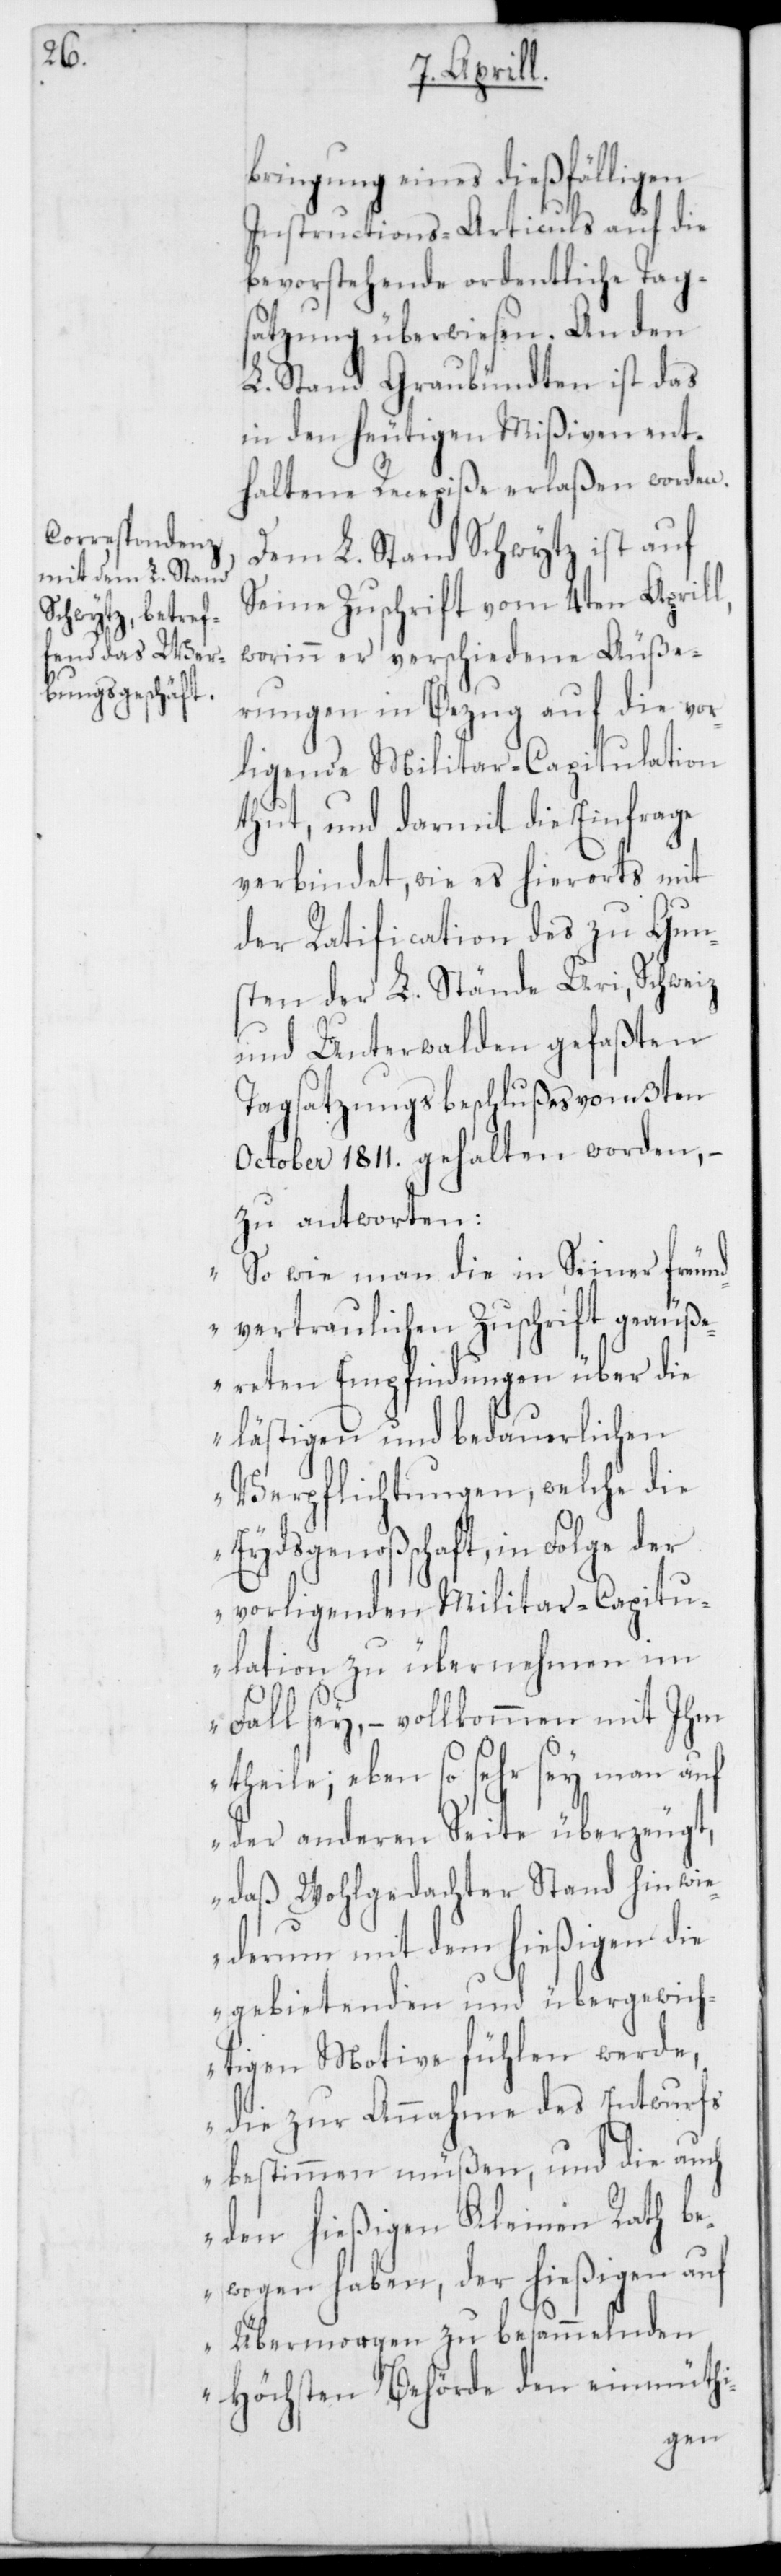
bringung eines dießfälligen
Instructions-Articuls auf die
bevorstehende ordentliche Tag¬
satzung überwiesen. An den
L. Stand Graubündten ist das
in den heutigen Mißiven ent¬
haltene Recepiße erlaßen worden.
Dem L. Stand Schwytz ist auf
Seine Zuschrift vom 4ten Aprill,
worinn er verschiedene Äuße¬
rungen in Bezug auf die vor¬
ligende Militar-Capitulation
thut, und darmit die Einfrage
verbindet, wie es hierorts mit
der Ratification des zu Gun¬
sten der L. Stände Uri, Schweiz
und Unterwalden gefaßten
Tagsatzungsbeschlußes vom 3ten
October 1811. gehalten worden, –
zu antworten:
„So wie man die in Seiner freund¬
vertraulichen Zuschrift geäuß¬
ereten Empfindungen über die
lästigen und bedauerlichen
Verpflichtungen, welche die
Eydsgenoßenschaft, in Folge der
vorligenden Militar-Capitu¬
lation zu übernehmen im
Fall sey, – vollkommen mit Ihm
theile; eben so sehr sey man auf
der anderen Seite überzeugt,
daß Wohlgedachter Stand hinwie¬
derum mit dem hießigen die
gebietenden und übergewich¬
tigen Motive fühlen werde,
die zur Annahme des Entwurfs
bestimmen müßen, und die auch
den hießigen Kleinen Rath be¬
wogen haben, der hiesigen auf
Übermorgen zu besammelnden
Höchsten Behörde den einmüthi-